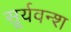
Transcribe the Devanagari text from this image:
सूर्यवन्श